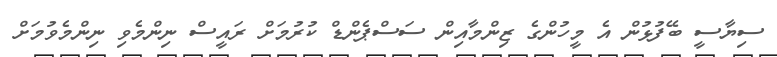
ސިޔާސީ ބޭފުޅުން އެ މީހުންގެ ޒިންމާއިން ސަސްޕެންޑް ކުރުމަށް ރައީސް ނިންމެވި ނިންމެވުމަށް